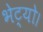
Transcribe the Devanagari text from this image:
भेट्यो।